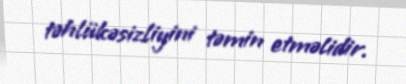
təhlükəsizliyini təmin etməlidir.